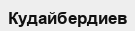
Кудайбердиев